Medical and sanitary report on the native army of Bombay for the year
Year: 1879
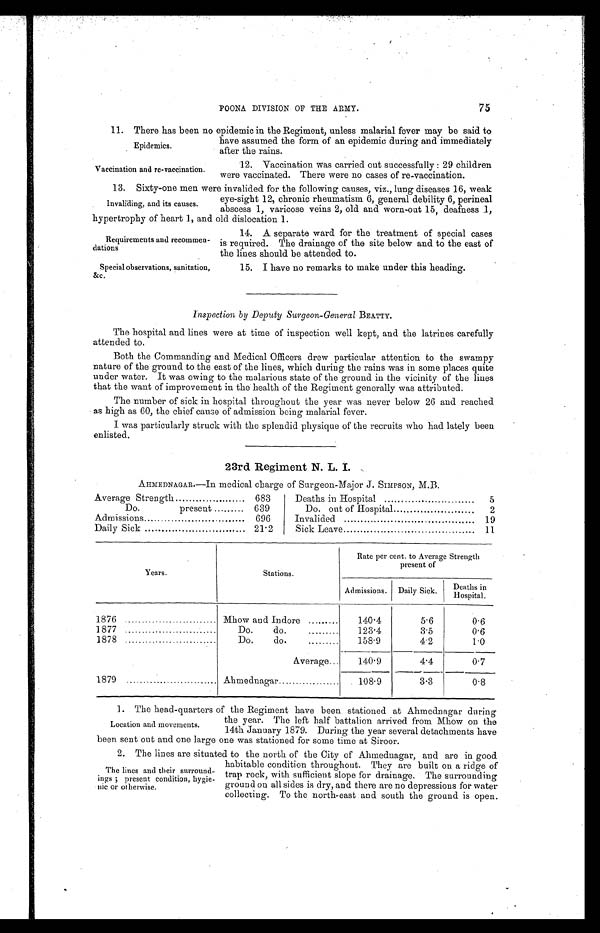
Requirements and recommen
-dations
Special observations, sanitation,
&c..
75
POONA DIVISION OP THE ARMY.
11. There has been no epidemic in the Regiment, unless malarial fever may be said to
have assumed the form of an epidemic during and immediately
after the rains.
Epidemics.
Vaccination and re-vaccination.
12. Vaccination was carried out successfully : 29 children
were vaccinated. There were no cases of re-vaccination.
13. Sixty-one men were invalided for the following causes, viz., lung diseases 16, weak
eye-sight 12, chronic rheumatism 6, general debility 6, perineal
abscess 1, varicose veins 2, old and worn-out 15, deafness 1,
hypertrophy of heart 1, and old dislocation 1.
Invaliding, and its causes.
14. A separate ward for the treatment of special cases
is required. The drainage of the site below and to the east of
the lines should be attended to.
15. I have no remarks to make under this heading.
Inspection by Deputy Surgeon-General BEATTY.
The hospital and lines were at time of inspection well kept, and the latrines carefully
attended to.
Both the Commanding and Medical Officers drew particular attention to the swampy
nature of the ground to the east of the lines, which during the rains was in some places quite
under water. It was owing to the malarious state of the ground in the vicinity of the lines
that the want of improvement in the health of the Regiment generally was attributed.
The number of sick in hospital throughout the year was never below 26 and reached
as high as 60, the chief cause of admission being malarial fever.
I was particularly struck with the splendid physique of the recruits who had lately been
enlisted.
23rd Regiment N. L. I.
AHMEDNAGAR.—In medical charge of Surgeon-Major J. SIMPSON, M.B.
Average Strength . . .
683
Do. present . . .
639
Admissions . . .
696
Daily Sick . . .
21.2
Deaths in Hospital . . .
5
Do. out of Hospital . . .
2
Invalided . . .
19
Sick Leave . . .
11
Years.
Stations.
Rate per cent. to Average Strength
present of
Admissions.
Daily Sick.
Deathsin
H o s p i t a l
1876 . . .
Mhow and Indore . . .
140.4
5.6
0.6
1877 . . .
D o . d o . . . .
123.4
3.5
0.6
1878 . . .
D o . d o . . . .
158.9
4.2
1.0
Average . . .
140.9
4.4
0.7
1879 . . .
Ahmednagar . . .
108.9
3.3
0.8
1. The head-quarters of the Regiment have been stationed at Ahmednagar during
the year. The left half battalion arrived from Mhow on the
14th January 1879. During the year several detachments have
been sent out and one large one was stationed for some time at Siroor.
2 . T h e l i n e s a r e s i t u a t e d t o t h e n o r t h o f t h e C i t y o f A h m e d n a g a r , a n d a r e i n g o o d
habitable condition throughout. They are built on a ridge of
trap rock, with sufficient slope for drainage. The surrounding
ground on all sides is dry, and there are no depressions for water
collecting. To the north-east and south the ground is open.
Location and movements.
The lines and their surround
-ings ; present condition, hygie
-nic or otherwise.